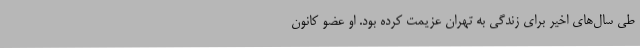
طی سال‌های اخیر برای زندگی به تهران عزیمت کرده بود. او عضو کانون